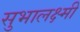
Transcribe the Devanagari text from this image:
सुभालक्ष्मी